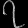
Digit: ၇